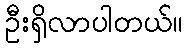
ဦးရှိလာပါတယ်။